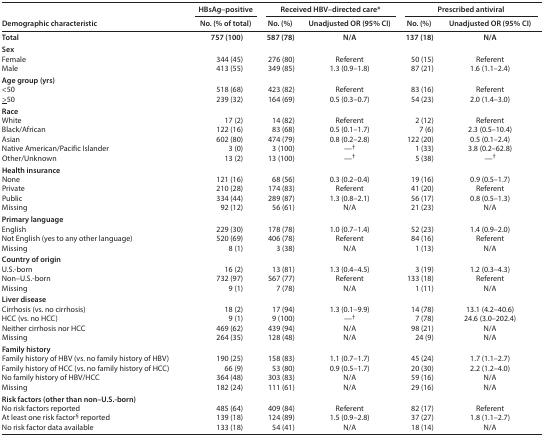
<table><thead><tr><td rowspan="2"><b>Demographic characteristic</b></td><td><b>HBsAg–positive</b></td><td colspan="2"><b>Received HBV–directed care*</b></td><td colspan="2"><b>Prescribed antiviral</b></td></tr><tr><td><b>No. (% of total)</b></td><td><b>No. (%)</b></td><td><b>Unadjusted OR (95% CI)</b></td><td><b>No. (%)</b></td><td><b>Unadjusted OR (95% CI)</b></td></tr></thead><tbody><tr><td><b>Total</b></td><td>757 (100)</td><td>587 (78)</td><td>N/A</td><td>137 (18)</td><td>N/A</td></tr><tr><td colspan="6"><b>Sex</b></td></tr><tr><td>Female</td><td>344 (45)</td><td>276 (80)</td><td>Referent</td><td>50 (15)</td><td>Referent</td></tr><tr><td>Male</td><td>413 (55)</td><td>349 (85)</td><td>1.3 (0.9–1.8)</td><td>87 (21)</td><td>1.6 (1.1–2.4)</td></tr><tr><td colspan="6"><b>Age group (yrs)</b></td></tr><tr><td>&lt;50</td><td>518 (68)</td><td>423 (82)</td><td>Referent</td><td>83 (16)</td><td>Referent</td></tr><tr><td><underline>&gt;</underline>50</td><td>239 (32)</td><td>164 (69)</td><td>0.5 (0.3–0.7)</td><td>54 (23)</td><td>2.0 (1.4–3.0)</td></tr><tr><td colspan="6"><b>Race</b></td></tr><tr><td>White</td><td>17 (2)</td><td>14 (82)</td><td>Referent</td><td>2 (12)</td><td>Referent</td></tr><tr><td>Black/African</td><td>122 (16)</td><td>83 (68)</td><td>0.5 (0.1–1.7)</td><td>7 (6)</td><td>2.3 (0.5–10.4)</td></tr><tr><td>Asian</td><td>602 (80)</td><td>474 (79)</td><td>0.8 (0.2–2.8)</td><td>122 (20)</td><td>0.5 (0.1–2.4)</td></tr><tr><td>Native American/Pacific Islander</td><td>3 (0)</td><td>3 (100)</td><td>—<sup>†</sup></td><td>1 (33)</td><td>3.8 (0.2–62.8)</td></tr><tr><td>Other/Unknown</td><td>13 (2)</td><td>13 (100)</td><td>—<sup>†</sup></td><td>5 (38)</td><td>—<sup>†</sup></td></tr><tr><td colspan="6"><b>Health insurance</b></td></tr><tr><td>None</td><td>121 (16)</td><td>68 (56)</td><td>0.3 (0.2–0.4)</td><td>19 (16)</td><td>0.9 (0.5–1.7)</td></tr><tr><td>Private</td><td>210 (28)</td><td>174 (83)</td><td>Referent</td><td>41 (20)</td><td>Referent</td></tr><tr><td>Public</td><td>334 (44)</td><td>289 (87)</td><td>1.3 (0.8–2.1)</td><td>56 (17)</td><td>0.8 (0.5–1.3)</td></tr><tr><td>Missing</td><td>92 (12)</td><td>56 (61)</td><td>N/A</td><td>21 (23)</td><td>N/A</td></tr><tr><td colspan="6"><b>Primary language</b></td></tr><tr><td>English</td><td>229 (30)</td><td>178 (78)</td><td>1.0 (0.7–1.4)</td><td>52 (23)</td><td>1.4 (0.9–2.0)</td></tr><tr><td>Not English (yes to any other language)</td><td>520 (69)</td><td>406 (78)</td><td>Referent</td><td>84 (16)</td><td>Referent</td></tr><tr><td>Missing</td><td>8 (1)</td><td>3 (38)</td><td>N/A</td><td>1 (13)</td><td>N/A</td></tr><tr><td colspan="6"><b>Country of origin</b></td></tr><tr><td>U.S.-born</td><td>16 (2)</td><td>13 (81)</td><td>1.3 (0.4–4.5)</td><td>3 (19)</td><td>1.2 (0.3–4.3)</td></tr><tr><td>Non–U.S.-born</td><td>732 (97)</td><td>567 (77)</td><td>Referent</td><td>133 (18)</td><td>Referent</td></tr><tr><td>Missing</td><td>9 (1)</td><td>7 (78)</td><td>N/A</td><td>1 (11)</td><td>N/A</td></tr><tr><td colspan="6"><b>Liver disease</b></td></tr><tr><td>Cirrhosis (vs. no cirrhosis)</td><td>18 (2)</td><td>17 (94)</td><td>1.3 (0.1–9.9)</td><td>14 (78)</td><td>13.1 (4.2–40.6)</td></tr><tr><td>HCC (vs. no HCC)</td><td>9 (1)</td><td>9 (100)</td><td>—<sup>†</sup></td><td>7 (78)</td><td>24.6 (3.0–202.4)</td></tr><tr><td>Neither cirrhosis nor HCC</td><td>469 (62)</td><td>439 (94)</td><td>N/A</td><td>98 (21)</td><td>N/A</td></tr><tr><td>Missing</td><td>264 (35)</td><td>128 (48)</td><td>N/A</td><td>24 (9)</td><td>N/A</td></tr><tr><td colspan="6"><b>Family history</b></td></tr><tr><td>Family history of HBV (vs. no family history of HBV)</td><td>190 (25)</td><td>158 (83)</td><td>1.1 (0.7–1.7)</td><td>45 (24)</td><td>1.7 (1.1–2.7)</td></tr><tr><td>Family history of HCC (vs. no family history of HCC)</td><td>66 (9)</td><td>53 (80)</td><td>0.9 (0.5–1.7)</td><td>20 (30)</td><td>2.2 (1.2–4.0)</td></tr><tr><td>No family history of HBV/HCC</td><td>364 (48)</td><td>303 (83)</td><td>N/A</td><td>59 (16)</td><td>N/A</td></tr><tr><td>Missing</td><td>182 (24)</td><td>111 (61)</td><td>N/A</td><td>29 (16)</td><td>N/A</td></tr><tr><td colspan="6"><b>Risk factors (other than non–U.S.-born)</b></td></tr><tr><td>No risk factors reported</td><td>485 (64)</td><td>409 (84)</td><td>Referent</td><td>82 (17)</td><td>Referent</td></tr><tr><td>At least one risk factor<sup>§</sup> reported</td><td>139 (18)</td><td>124 (89)</td><td>1.5 (0.9–2.8)</td><td>37 (27)</td><td>1.8 (1.1–2.7)</td></tr><tr><td>No risk factor data available</td><td>133 (18)</td><td>54 (41)</td><td>N/A</td><td>18 (14)</td><td>N/A</td></tr></tbody></table>